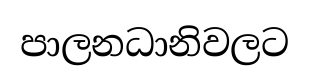
පාලනධානිවලට